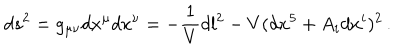
d s ^ { 2 } = g _ { \mu \nu } d x ^ { \mu } d x ^ { \nu } = - \frac { 1 } { V } d l ^ { 2 } - V ( d x ^ { 5 } + A _ { i } d x ^ { i } ) ^ { 2 } \, .